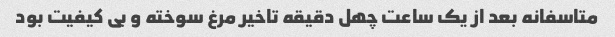
متاسفانه بعد از یک ساعت چهل دقیقه تاخیر مرغ سوخته و بی کیفیت بود